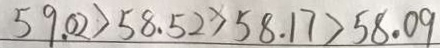
5 9 . 0 2 > 5 8 . 5 2 > 5 8 . 1 7 > 5 8 . 0 9